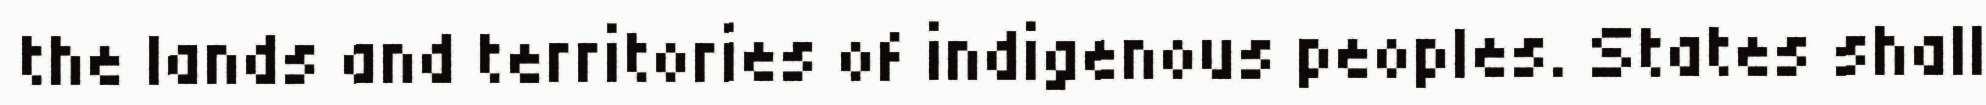
the lands and territories of indigenous peoples. States shall